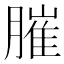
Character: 膗